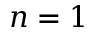
n = 1